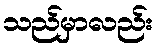
သည်မှာလည်း